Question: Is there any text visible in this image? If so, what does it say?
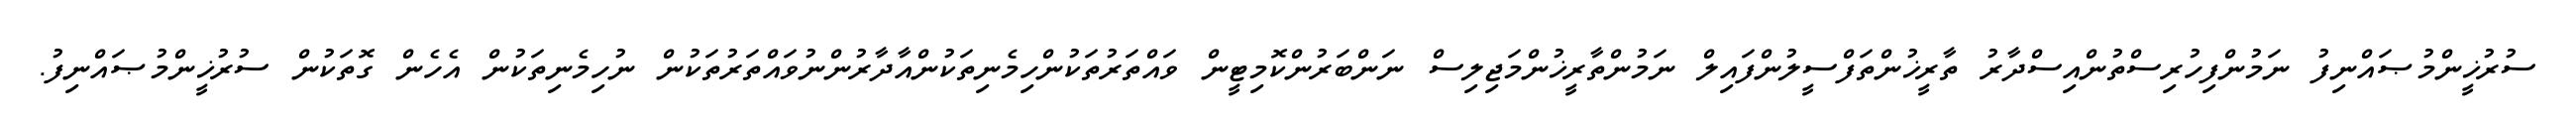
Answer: ސުރުޚީންމުޞައްނިފު ނަމުންފިހުރިސްތުންއިސްދާރު ތާރީޚުންތަފްސީލުންފައިލް ނަމުންތާރީޚުންމަޖިލިސް ނަންބަރުންކޮމިޓީން ވައްތަރުތަކުންހިމެނިތަކުންއާދާރުންނުވައްތަރުތަކުން ނުހިމެނިތަކުން އެހެން ގޮތަކުން ސުރުޚީންމުޞައްނިފު.